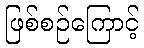
ဖြစ်စဉ်ကြောင့်